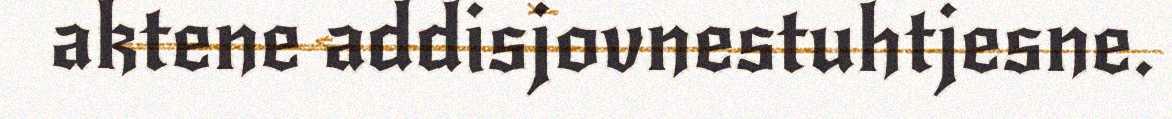
aktene addisjovnestuhtjesne.